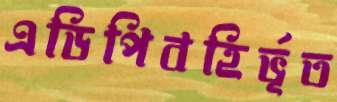
এডিপিবহির্ভূত